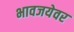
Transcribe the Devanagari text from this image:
भावजयेवर